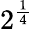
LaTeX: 2^{\frac{1}{4}}